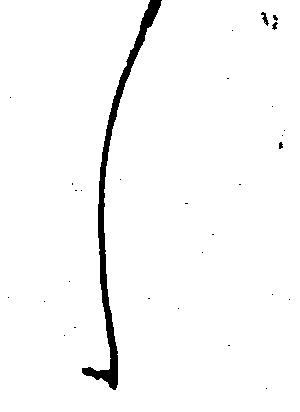
し